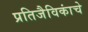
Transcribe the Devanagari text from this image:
प्रतिजैविकांचे